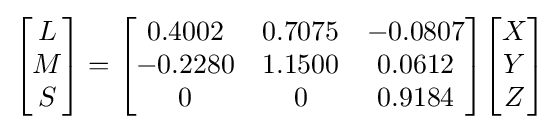
{\begin{bmatrix}L\\M\\S\end{bmatrix}}={\begin{bmatrix}0.4002&0.7075&-0.0807\\-0.2280&1.1500&0.0612\\0&0&0.9184\end{bmatrix}}{\begin{bmatrix}X\\Y\\Z\end{bmatrix}}